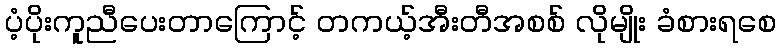
ပံ့ပိုးကူညီပေးတာကြောင့် တကယ့်အီးတီအစစ် လိုမျိုး ခံစားရစေ